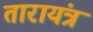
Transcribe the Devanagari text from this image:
तारायंत्र